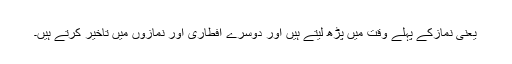
یعنی نمازکے پہلے وقت میں پڑھ لیتے ہیں اور دوسرے افطاری اور نمازوں میں تاخیر کرتے ہیں۔